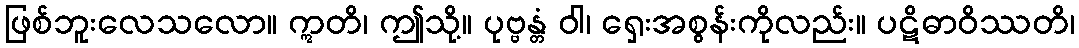
ဖြစ်ဘူးလေသလော။ ဣတိ၊ ဤသို့။ ပုဗ္ဗန္တံ ဝါ၊ ရှေးအစွန်းကိုလည်း။ ပဋိဓာဝိဿတိ၊